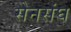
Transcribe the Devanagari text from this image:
सेनसंघ